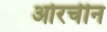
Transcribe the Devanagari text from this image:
ओरचीन